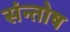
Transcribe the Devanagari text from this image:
संन्‍तोष